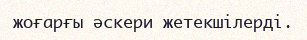
жоғарғы әскери жетекшілерді.